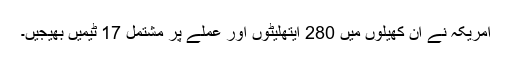
امریکہ نے اِن کھیلوں میں 280 ایتھلیٹوں اور عملے پر مشتمل 17 ٹیمیں بھیجیں۔